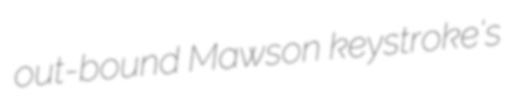
out-bound Mawson keystroke's